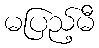
မပြည့်မီ